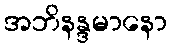
အဘိနန္ဒမာနော